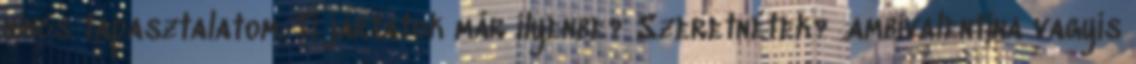
nincs tapasztalatom. Ti jártatok már ilyenbe? Szeretnétek? .ambivalentina vagyis